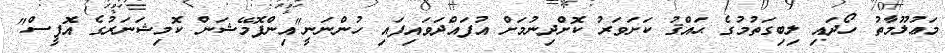
މަޢުލޫމާތު ހޯދައި ލިބިގަތުމުގެ ޙައްޤު ކަށަވަރު ކޮށްދިނުމަށް އުފައްދަވައިފައި ހުންނަނީ"އިންފޮމޭޝަން ކޮމިޝަނަރުގެ އޮފީސް"